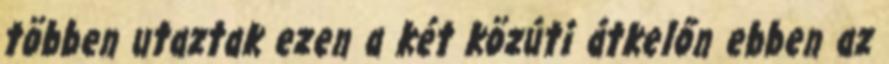
többen utaztak ezen a két közúti átkelőn ebben az